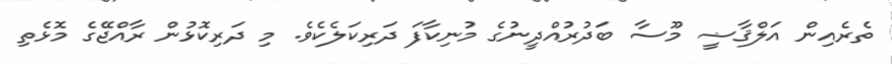
ތެރެއިން އަލްޤާޟީ މޫސާ ބަދުރުއްދީނުގެ މުނިކާފަ ދަރިކަލެކެވެ. މި ދަރިކޮޅުން ރާއްޖޭގެ މޮޅެތި